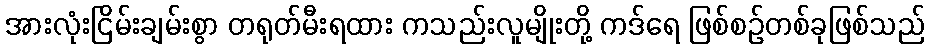
အားလုံးငြိမ်းချမ်းစွာ တရုတ်မီးရထား ကသည်းလူမျိုးတို့ ကဒ်ရေ ဖြစ်စဉ်တစ်ခုဖြစ်သည်